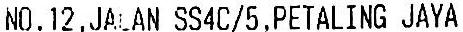
NO.12,JALAN SS4C/5,PETALING JAYA